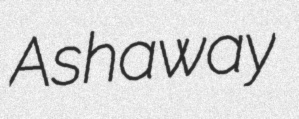
Ashaway